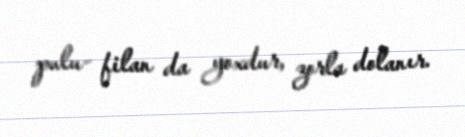
pulu- filan da yoxdur, zorla dolanır.